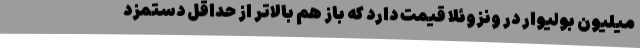
میلیون بولیوار در ونزوئلا قیمت دارد که باز هم بالاتر از حداقل دستمزد